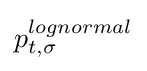
p_{t,\sigma }^{lognormal}